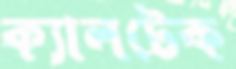
ক্যালটেক